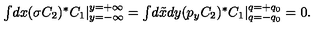
\textstyle { \int } d x ( \sigma C _ { 2 } ) ^ { \ast } C _ { 1 } \vert _ { y = - \infty } ^ { y = + \infty } = \textstyle { \int } d \tilde { x } d y ( p _ { y } C _ { 2 } ) ^ { \ast } C _ { 1 } \vert _ { q = - q _ { 0 } } ^ { q = + q _ { 0 } } = 0 .